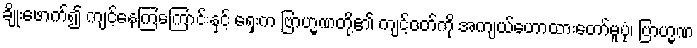
ချိုးဖောက်၍ ကျင့်နေကြကြောင်းနှင့် ရှေးက ဗြာဟ္မဏတို့၏ ကျင့်ဝတ်ကို အကျယ်ဟောထားတော်မူပုံ၊ ဗြာဟ္မဏ